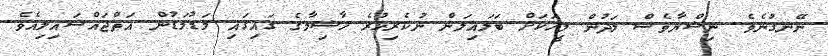
ނޭނގުނެވެ. ނިޝްޔާވެސް ލަދުން މީހަކަށް ބަލައިލަން ނުކެރިހުރެ ހާޝިމާގެ ގައިގައި މަޑުމަޑުން އަތްޖައްސައިލިއެވެ.